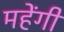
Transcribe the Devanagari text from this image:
महेंगी